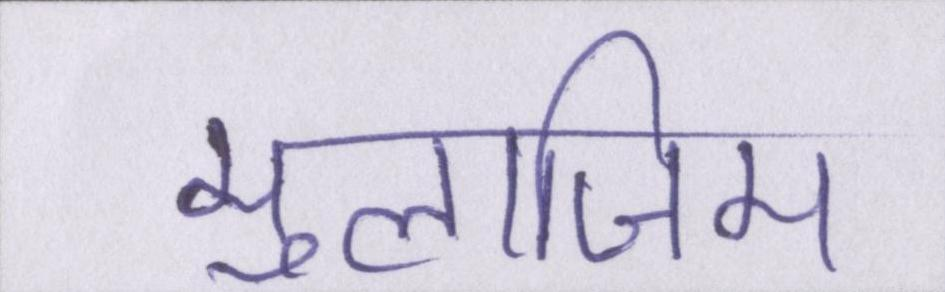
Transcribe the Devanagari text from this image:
मुलाजिम